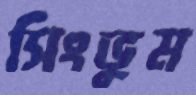
সিংভুম